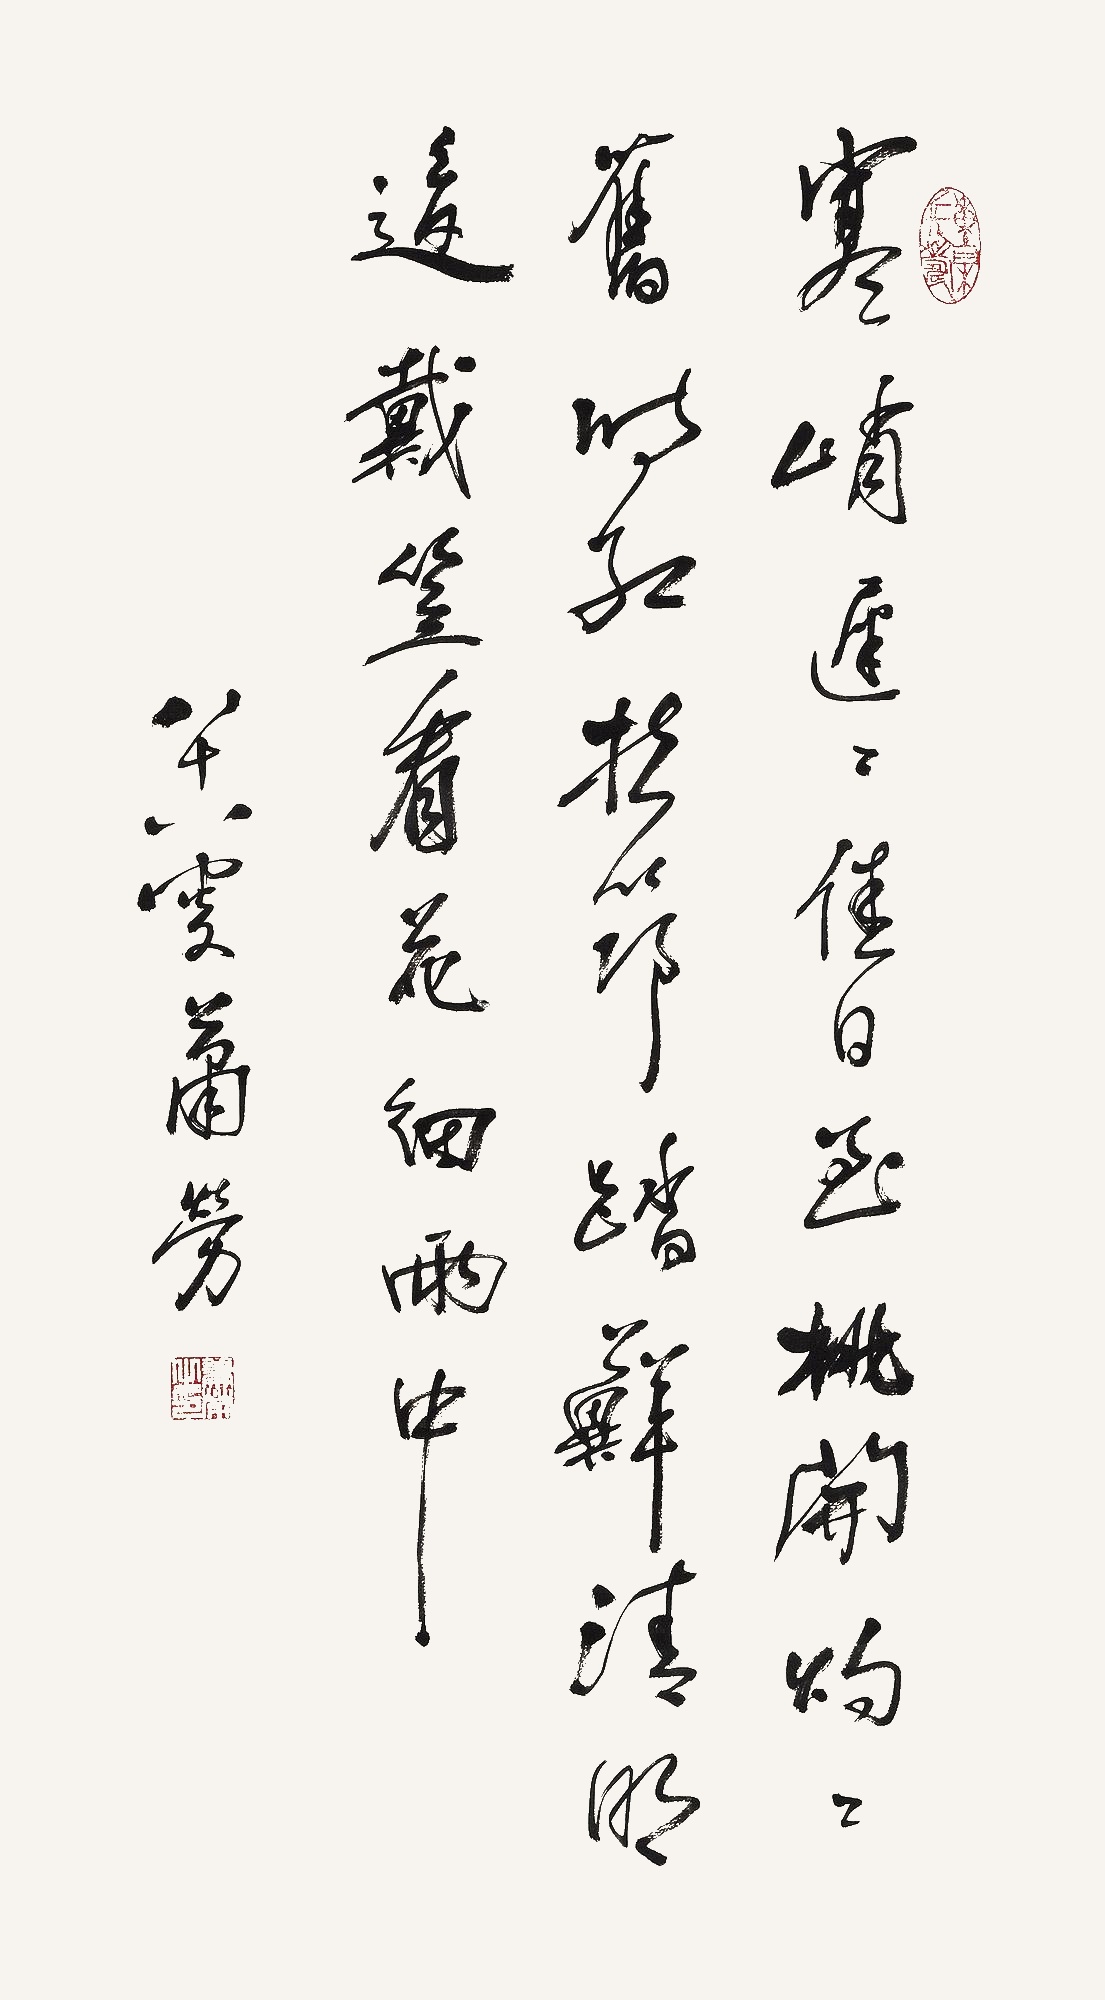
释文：寒峭迟迟佳日至，桃开灼灼旧时红。扶筇踏藓清明返，戴笠看花细雨中。八十八叟萧劳。